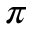
\pi